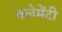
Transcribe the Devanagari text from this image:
क्लेमेंटी